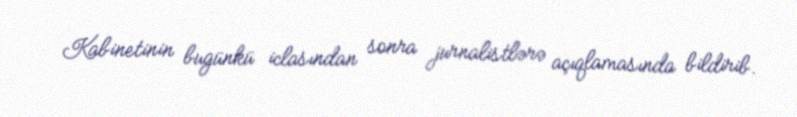
Kabinetinin bugünkü iclasından sonra jurnalistlərə açıqlamasında bildirib.